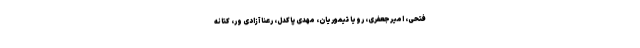
فتحی، امیرجعفری، رویا تیموریان، مهدی پاکدل، رعنا آزادی ور، کتانه